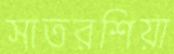
সাতরশিয়া